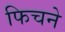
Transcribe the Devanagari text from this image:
फिचने